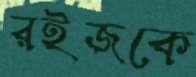
রইজকে